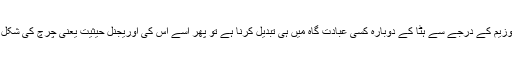
اگر آیا صوفیہ کو میوزیم کے درجے سے ہٹا کے دوبارہ کسی عبادت گاہ میں ہی تبدیل کرنا ہے تو پھر اسے اس کی اوریجنل حیثیت یعنی چرچ کی شکل میں بحال کیا جائے۔